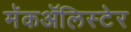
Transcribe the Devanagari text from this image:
मॅकॲलिस्टेर